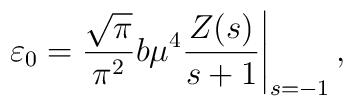
\left.\varepsilon_{0}=\frac{\sqrt{\pi}}{\pi^{2}}b\mu^{4}\frac{Z(s)}{s+1}\right|_{s=-1},